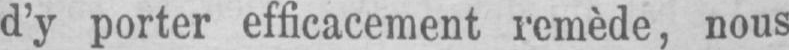
d’y porter efficacement remède, nous